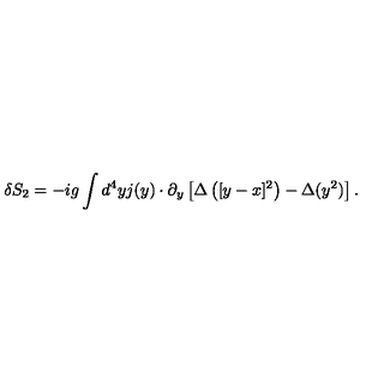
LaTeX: \delta S _ { 2 } = - i g \int d ^ { 4 } y j ( y ) \cdot \partial _ { y } \left[ \Delta \left( [ y - x ] ^ { 2 } \right) - \Delta ( y ^ { 2 } ) \right] .